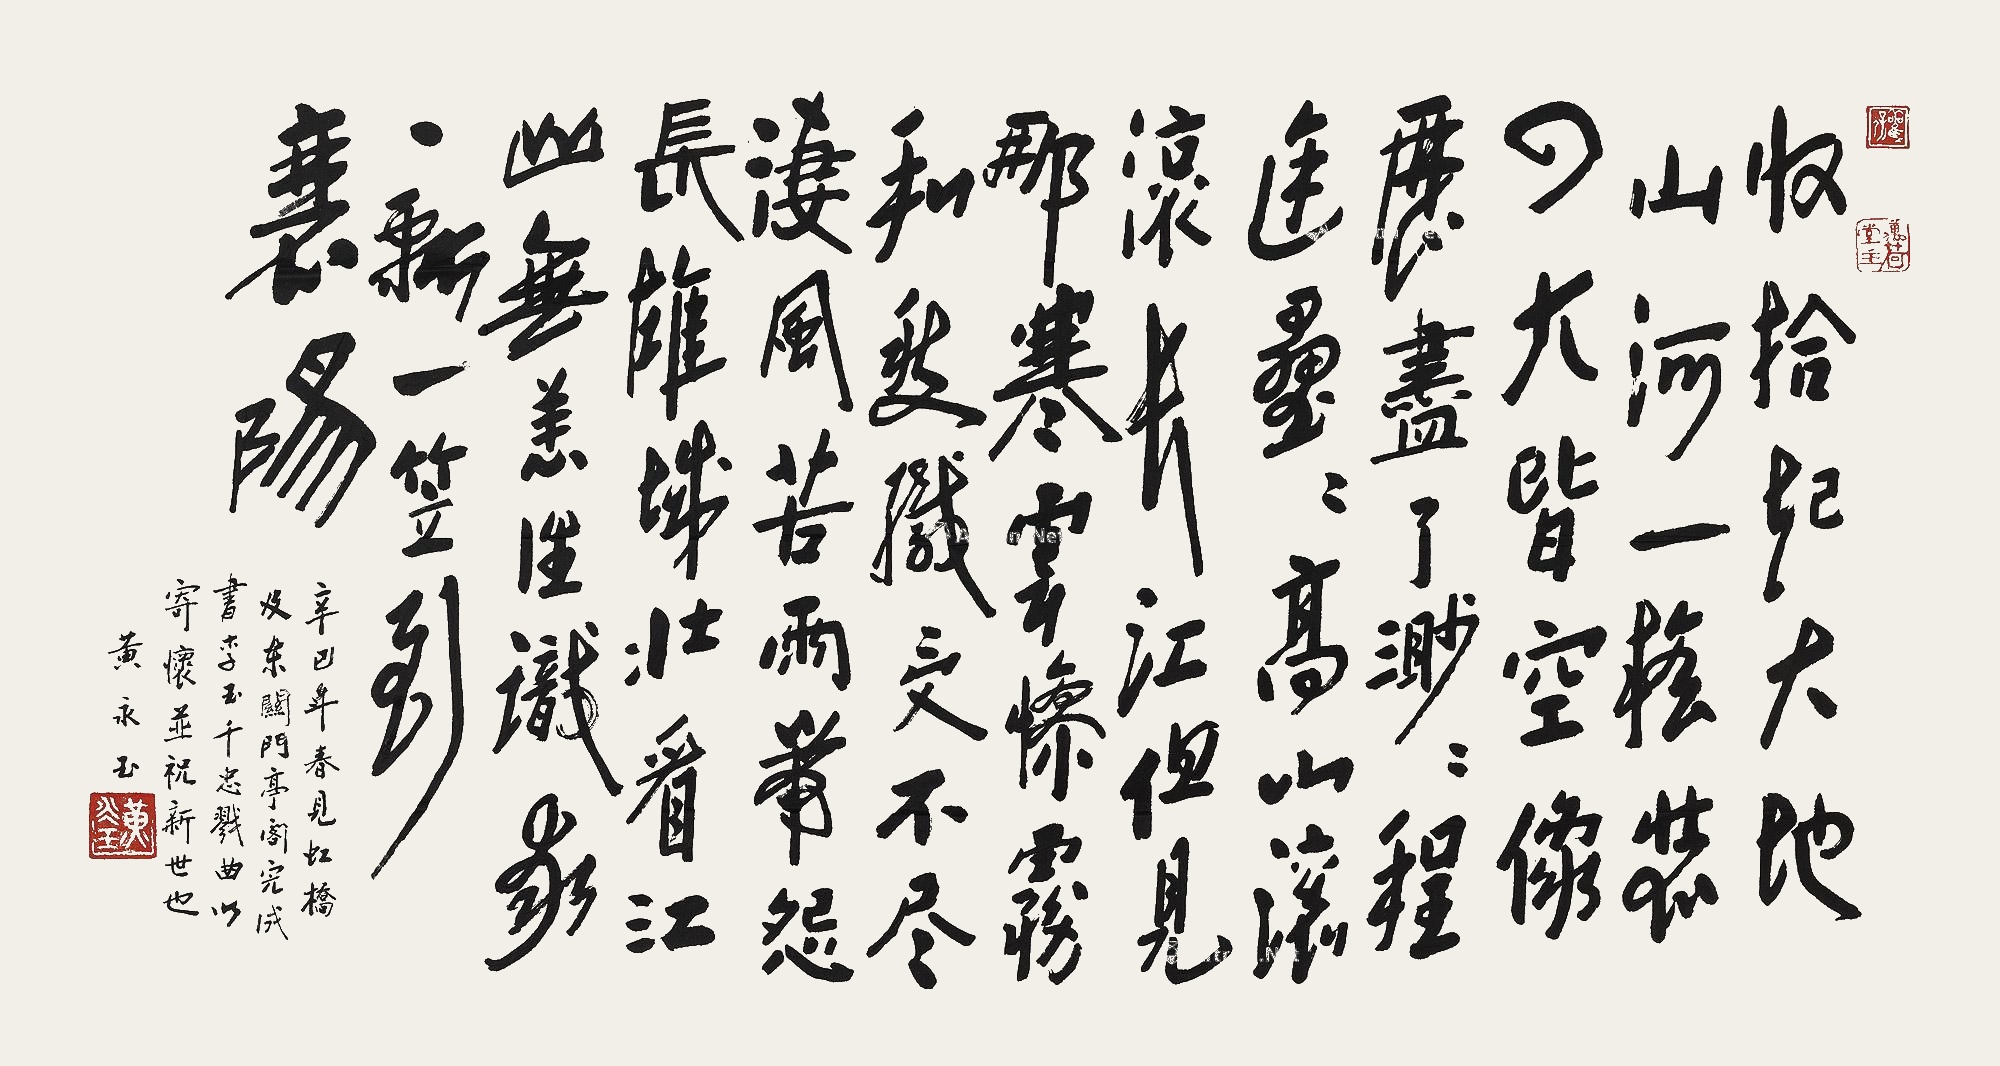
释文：收拾起大地河山一担装，四大皆空像，历尽了渺渺程途，叠叠高山，滚滚长江，但见那寒云惨雾和愁织，受不尽凄。风苦雨带怨长，雄城壮，看江山无恙，谁识我一瓢一笠到襄阳。辛巳（2001）年春，见虹桥及东关门亭阁完成，书李玉千忠戮曲，以寄怀，并祝新世也，黄永玉。